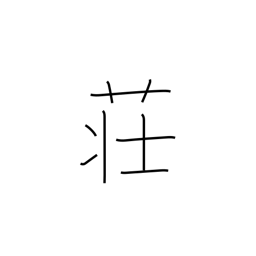
Meaning: inn